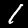
Digit: 1